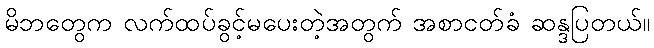
မိဘတွေက လက်ထပ်ခွင့်မပေးတဲ့အတွက် အစာငတ်ခံ ဆန္ဒပြတယ်။